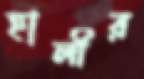
হালীর